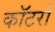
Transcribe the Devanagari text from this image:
कॉटरों